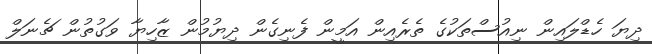
ދިޔަ ހެޑްލައިން ނިއުސްތަކުގެ ތެރެއިން އަމީން ފެނިގެން ދިޔުމުން ޒާހިޔާ ވަގުތުން ޗެނަލް